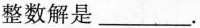
整数解是___.